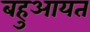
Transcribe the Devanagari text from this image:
बहुआयत